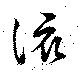
該